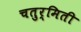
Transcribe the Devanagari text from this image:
चतुर्मिती